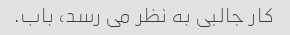
کار جالبی به نظر می رسد، باب.